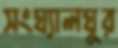
সংঘ্যালঘুর